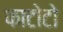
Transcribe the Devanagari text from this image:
फाटोटो